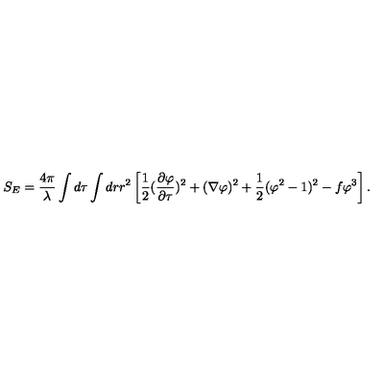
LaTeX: S _ { E } = { \frac { 4 \pi } { \lambda } } \int d \tau \int d r r ^ { 2 } \left[ { \frac { 1 } { 2 } } { ( { \frac { \partial \varphi } { \partial \tau } } ) ^ { 2 } + ( \nabla \varphi ) ^ { 2 } } + { \frac { 1 } { 2 } } ( \varphi ^ { 2 } - 1 ) ^ { 2 } - f \varphi ^ { 3 } \right] .